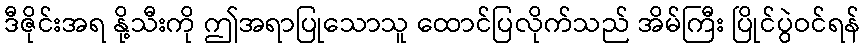
ဒီဇိုင်းအရ နို့သီးကို ဤအရာပြုသောသူ ထောင်ပြလိုက်သည် အိမ်ကြီး ပြိုင်ပွဲဝင်ရန်